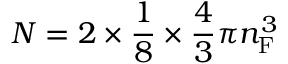
N = 2 \times { \frac { 1 } { 8 } } \times { \frac { 4 } { 3 } } \pi n _ { \mathrm { F } } ^ { 3 }